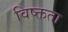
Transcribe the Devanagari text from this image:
विष्क्तता